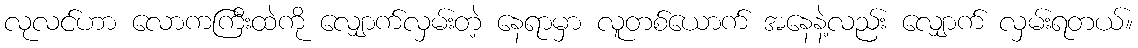
လုလင်ဟာ လောကကြီးထဲကို လျှောက်လှမ်းတဲ့ နေရာမှာ လူတစ်ယောက် အနေနဲ့လည်း လျှောက် လှမ်းရတယ်။